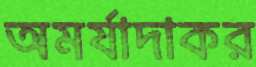
অমর্যাদাকর